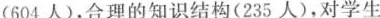
(604人)，合理的知识结构(235人)，对学生